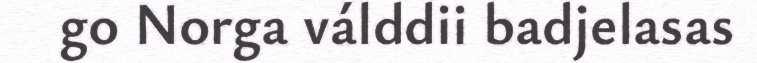
go Norga válddii badjelasas